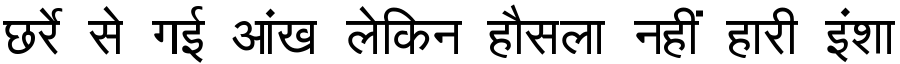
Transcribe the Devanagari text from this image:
छर्रे से गई आंख लेकिन हौसला नहीं हारी इंशा